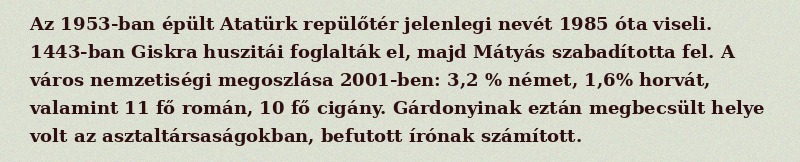
Az 1953-ban épült Atatürk repülőtér jelenlegi nevét 1985 óta viseli. 1443-ban Giskra huszitái foglalták el, majd Mátyás szabadította fel. A város nemzetiségi megoszlása 2001-ben: 3,2 % német, 1,6% horvát, valamint 11 fő román, 10 fő cigány. Gárdonyinak eztán megbecsült helye volt az asztaltársaságokban, befutott írónak számított.